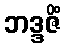
ဘဒ္ဒဇိံ